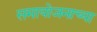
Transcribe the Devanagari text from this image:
समायोजनाच्या